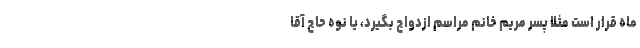
ماه قرار است مثلاً پسر مریم خانم مراسم ازدواج بگیرد، یا نوه حاج آقا